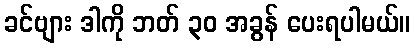
ခင်ဗျား ဒါကို ဘတ် ၃၀ အခွန် ပေးရပါမယ်။